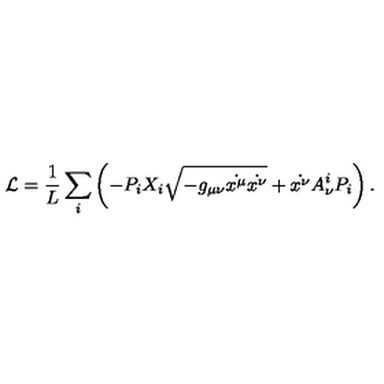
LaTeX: \mathcal { L } = \frac { 1 } { L } \sum _ { i } \left( - P _ { i } X _ { i } \sqrt { - g _ { \mu \nu } \dot { x ^ { \mu } } \dot { x ^ { \nu } } } + \dot { x ^ { \nu } } A _ { \nu } ^ { i } P _ { i } \right) .